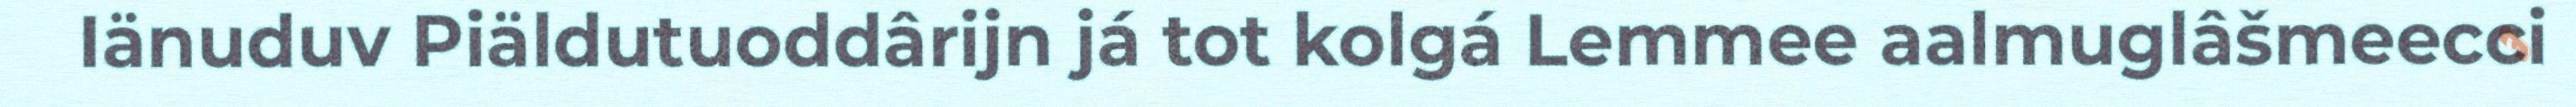
Iänuduv Piäldutuoddârijn já tot kolgá Lemmee aalmuglâšmeecci